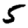
Digit: 5